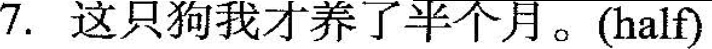
7.这只狗我养了半个月。(half)